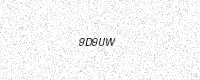
Text: 9D9UW